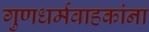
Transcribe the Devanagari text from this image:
गुणधर्मवाहकांना